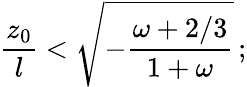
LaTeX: {\frac{z_{0}}{l}}<\sqrt{-{\frac{\omega+2/3}{1+\omega}}}\, ;